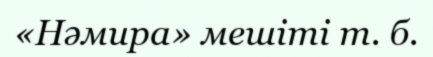
«Нәмира» мешіті т. б.